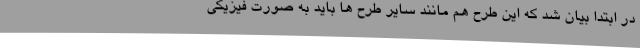
در ابتدا بیان شد که این طرح هم مانند سایر طرح ها باید به صورت فیزیکی